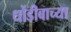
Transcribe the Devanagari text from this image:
धोंडीबाच्या